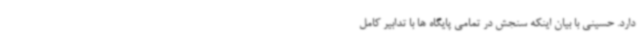
دارد. حسینی با بیان اینکه سنجش در تمامی پایگاه ها با تدابیر کامل